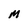
Character: M